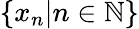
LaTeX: \{ x_{n}|n\in\mathbb{N}\}